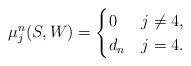
LaTeX: \begin{align*} \mu_j^n(S,W) = \begin{cases} 0 & j \neq 4,\\ d_n & j = 4. \end{cases}\end{align*}